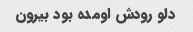
دلو رودش اومده بود بیرون